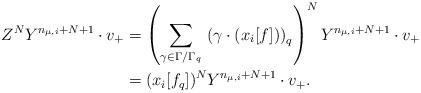
LaTeX: \begin{align*} Z^N Y^{n_{\mu,i}+ N+1}\cdot v_{+}&=\left(\sum_{\gamma \in \Gamma/\Gamma_q} \,\left( \gamma \cdot (x_i[f])\right)_q\right)^NY^{n_{\mu,i}+N+ 1}\cdot v_{+} \\&=(x_i[f_q])^NY^{n_{\mu,i}+ N+1}\cdot v_{+}.\end{align*}